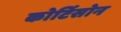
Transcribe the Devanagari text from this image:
कोर्टिसोन